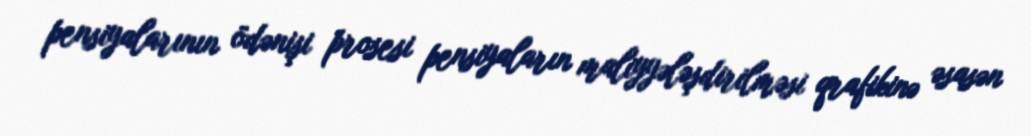
pensiyalarının ödənişi prosesi pensiyaların maliyyələşdirilməsi qrafikinə əsasən